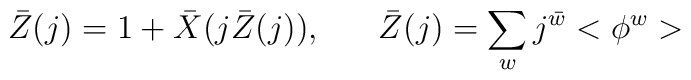
\bar{Z}(j) = 1 + \bar{X}(j\bar{Z}(j)), \;\;\;\;\;\; \bar{Z}(j) = \sum_{w}j^{\bar{w}}<\phi^{w}>